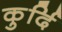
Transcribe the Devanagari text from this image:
कुर्दि